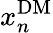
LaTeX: x_{n}^{\mathrm{DM}}